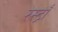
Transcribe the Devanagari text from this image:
रेस्ट्राँ